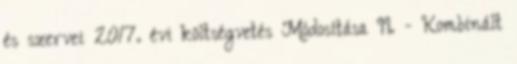
és szervei 2017. évi költségvetés Módosítása II. - Kombinált